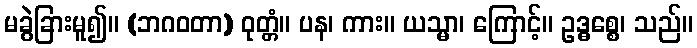
မခွဲခြားမူ၍။ (ဘဂဝတာ) ဝုတ္တံ။ ပန၊ ကား။ ယသ္မာ၊ ကြောင့်။ ဥဒ္ဓစ္စေ၊ သည်။